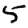
Digit: 5